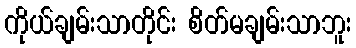
ကိုယ်ချမ်းသာတိုင်း စိတ်မချမ်းသာဘူး